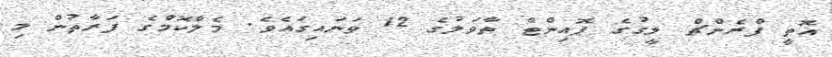
އޮތީ ފްރެންޗް ލީގުގެ ޕޮއިންޓް ތާވަލުގެ 12 ވަނައިގައެވެ. މެލްކޮމްގެ ފަރާތުން މި